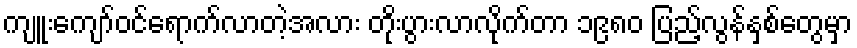
ကျူးကျော်ဝင်ရောက်လာတဲ့အလား တိုးပွားလာလိုက်တာ ၁၉၈၀ ပြည့်လွန်နှစ်တွေမှာ